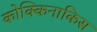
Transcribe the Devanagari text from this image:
कोक्किनाकिस